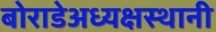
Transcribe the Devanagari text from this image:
बोराडेअध्यक्षस्थानी